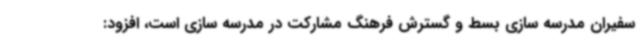
سفیران مدرسه سازی بسط و گسترش فرهنگ مشارکت در مدرسه سازی است، افزود: